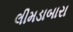
લીમડાબારા